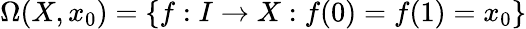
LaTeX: \Omega(X,x_{0})=\{ f:I\to X:f(0)=f(1)=x_{0}\}